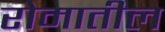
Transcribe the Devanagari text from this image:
रोमातील